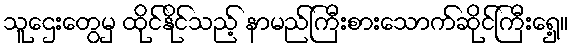
သူဌေးတွေမှ ထိုင်နိုင်သည့် နာမည်ကြီးစားသောက်ဆိုင်ကြီးရှေ့။